Indian journal of veterinary science and animal husbandry - Volumes 24-25, 1954-1955
Year: 1954
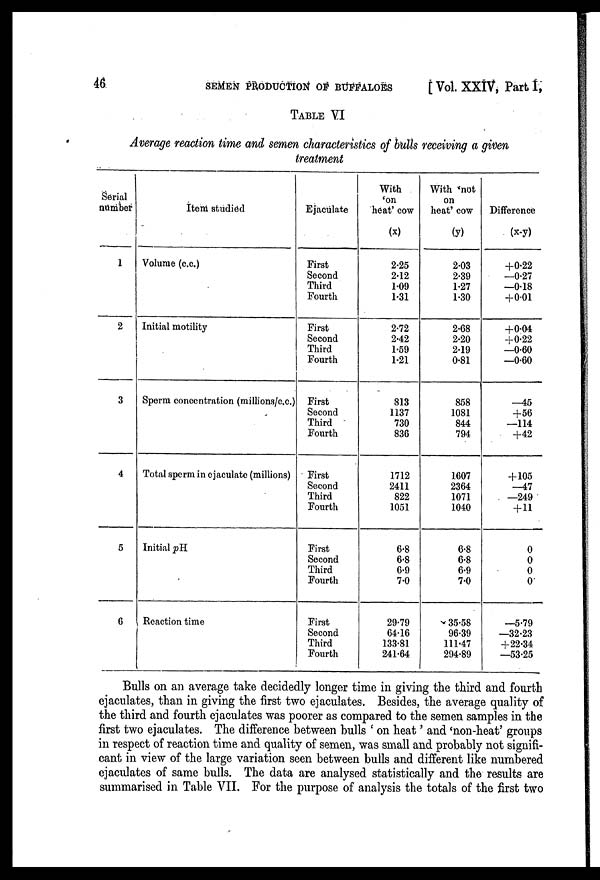
46
SEMEN PRODUCTION OF BUFFALOES
[ Vol. XXIV, Part I,
TABLE VI
Average reaction time and semen characteristics of bulls receiving a given
treatment
Serial
number
1
2
3
4
5
6
Item studied
Volume (c.c.)
Initial motility
Sperm concentration (millions/c.c.)
Total sperm in ejaculate (millions)
Initial pH
Reaction time
Ejaculate
First
Second
Third
Fourth
First
Second
Third
Fourth
First
Second
Third
Fourth
First
Second
Third
Fourth
First
Second
Third
Fourth
First
Second
Third
Fourth
With
'on
heat' cow
(x)
2.25
2.12
1.09
1.31
2.72
2.42
1.59
1.21
813
1137
730
836
1712
2411
822
1051
6.8
6.8
6.9
7.0
29.79
64.16
133.81
241.64
With 'not
on
heat' cow
(y)
2.03
2.39
1.27
1.30
2.68
2.20
2.19
0.81
858
1081
844
794
1607
2364
1071
1040
6.8
6.8
6.9
7.0
35.58
96.39
111.47
294.89
Difference
(x-y)
+0.22
—0.27
—0.18
+0.01
+0.04
+0.22
—0.60
—0.60
—45
+56
—114
+42
+ 105
—47
—249
+ 11
0
0
0
0
—5.79
—32.23
+22.34
—53.25
Bulls on an average take decidedly longer time in giving the third and fourth
ejaculates, than in giving the first two ejaculates. Besides, the average quality of
the third and fourth ejaculates was poorer as compared to the semen samples in the
first two ejaculates. The difference between bulls ' on heat' and 'non-heat' groups
in respect of reaction time and quality of semen, was small and probably not signifi-
cant in view of the large variation seen between bulls and different like numbered
ejaculates of same bulls. The data are analysed statistically and the results are
summarised in Table VII. For the purpose of analysis the totals of the first two